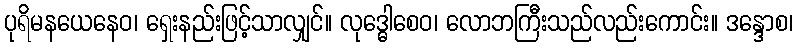
ပုရိမနယေနေဝ၊ ရှေးနည်းဖြင့်သာလျှင်။ လုဒ္ဓေါစေဝ၊ လောဘကြီးသည်လည်းကောင်း။ ဒန္ဒောစ၊